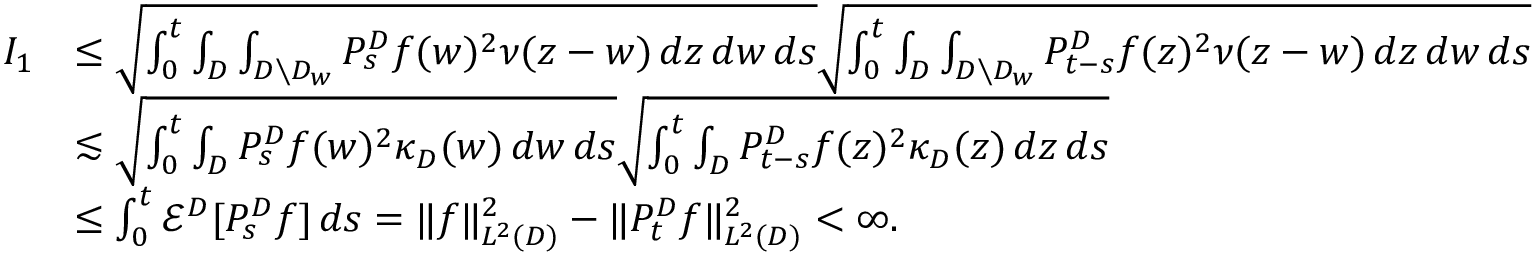
\begin{array} { r l } { I _ { 1 } } & { \leq \sqrt { \int _ { 0 } ^ { t } \int _ { D } \int _ { D \setminus D _ { w } } P _ { s } ^ { D } f ( w ) ^ { 2 } \nu ( z - w ) \, d z \, d w \, d s } \sqrt { \int _ { 0 } ^ { t } \int _ { D } \int _ { D \setminus D _ { w } } P _ { t - s } ^ { D } f ( z ) ^ { 2 } \nu ( z - w ) \, d z \, d w \, d s } } \\ & { \lesssim \sqrt { \int _ { 0 } ^ { t } \int _ { D } P _ { s } ^ { D } f ( w ) ^ { 2 } \kappa _ { D } ( w ) \, d w \, d s } \sqrt { \int _ { 0 } ^ { t } \int _ { D } P _ { t - s } ^ { D } f ( z ) ^ { 2 } \kappa _ { D } ( z ) \, d z \, d s } } \\ & { \leq \int _ { 0 } ^ { t } \mathcal { E } ^ { D } [ P _ { s } ^ { D } f ] \, d s = \| f \| _ { L ^ { 2 } ( D ) } ^ { 2 } - \| P _ { t } ^ { D } f \| _ { L ^ { 2 } ( D ) } ^ { 2 } < \infty . } \end{array}